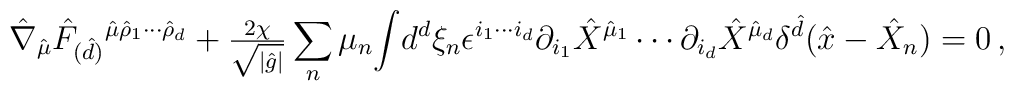
\hat{\nabla}_{\hat{\mu}}\hat{F}_{(\hat{d})}{}^{\hat{\mu}\hat{\rho}_{1}\cdots\hat{\rho}_{d}}+{\textstyle\frac{2\chi}{\sqrt{|\hat{g}|}}}\sum_{n} \mu_{n}{\displaystyle\int} d^{d}\xi_{n}\epsilon^{i_{1}\cdots i_{d}}\partial_{i_{1}}\hat{X}^{\hat{\mu}_{1}} \cdots \partial_{i_{d}}\hat{X}^{\hat{\mu}_{d}}\delta^{\hat{d}}(\hat{x}-\hat{X}_{n}) = 0\, ,